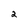
Character: 2